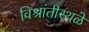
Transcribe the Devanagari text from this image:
विश्रांतीस्थळे